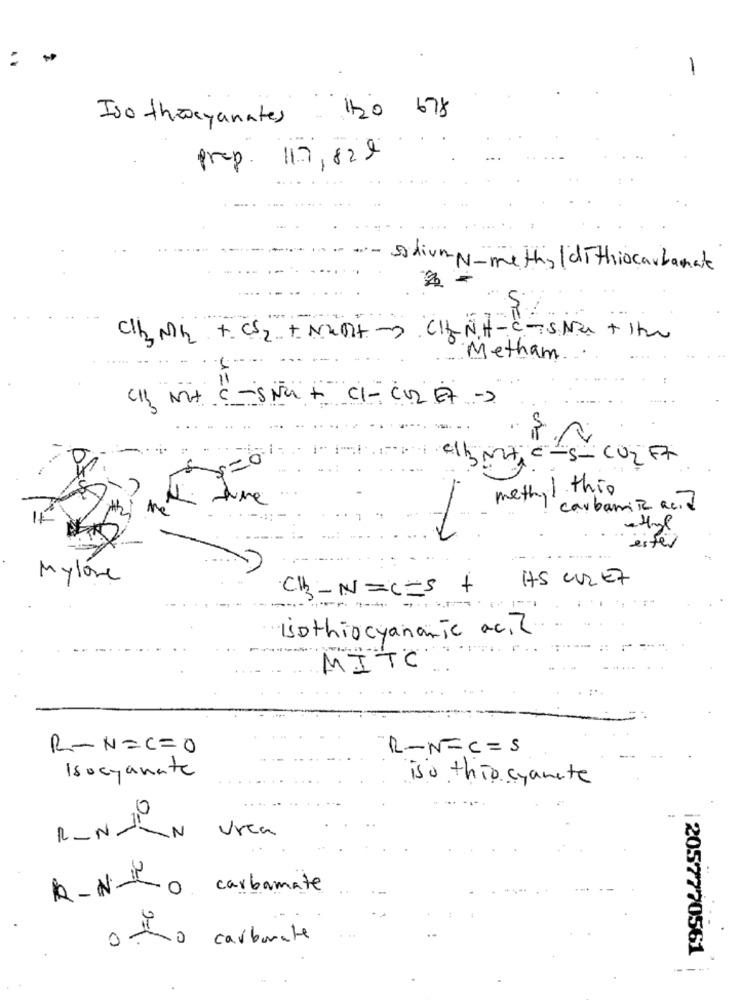
-
Iso threyanates
120 678
prep. 117,829
stivmy-methyl di thiocarbamate
2
CH2 MG +. CS2 + Mint CHLNH-C-SNU + 1
---- --
Metham
1=
CI2 Not C-SNC + CI- CO2 E7 -2
my elbot == s-co2 Ft
20
methyl this
me
carbamic acid
eiter
Mylove
HS CURE7
CB_N=C-5 +
isothiocyanamic acid
MITC
R-N=C=0
R-N=C=5
Isocyanate
iso this cyanate
R_N_N Vrea
R- N-0 carbamate
o tho carbonate
2057770561
---